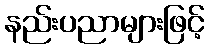
နည်းပညာများဖြင့်